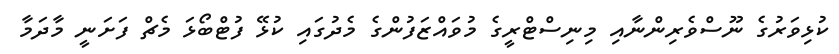
ކުޅިވަރުގެ ނޫސްވެރިންނާއި މިނިސްޓްރީގެ މުވައްޒަފުންގެ މެދުގައި ކުޅޭ ފުޓްބޯޅަ މެޗް ފަށަނީ މާދަމާ